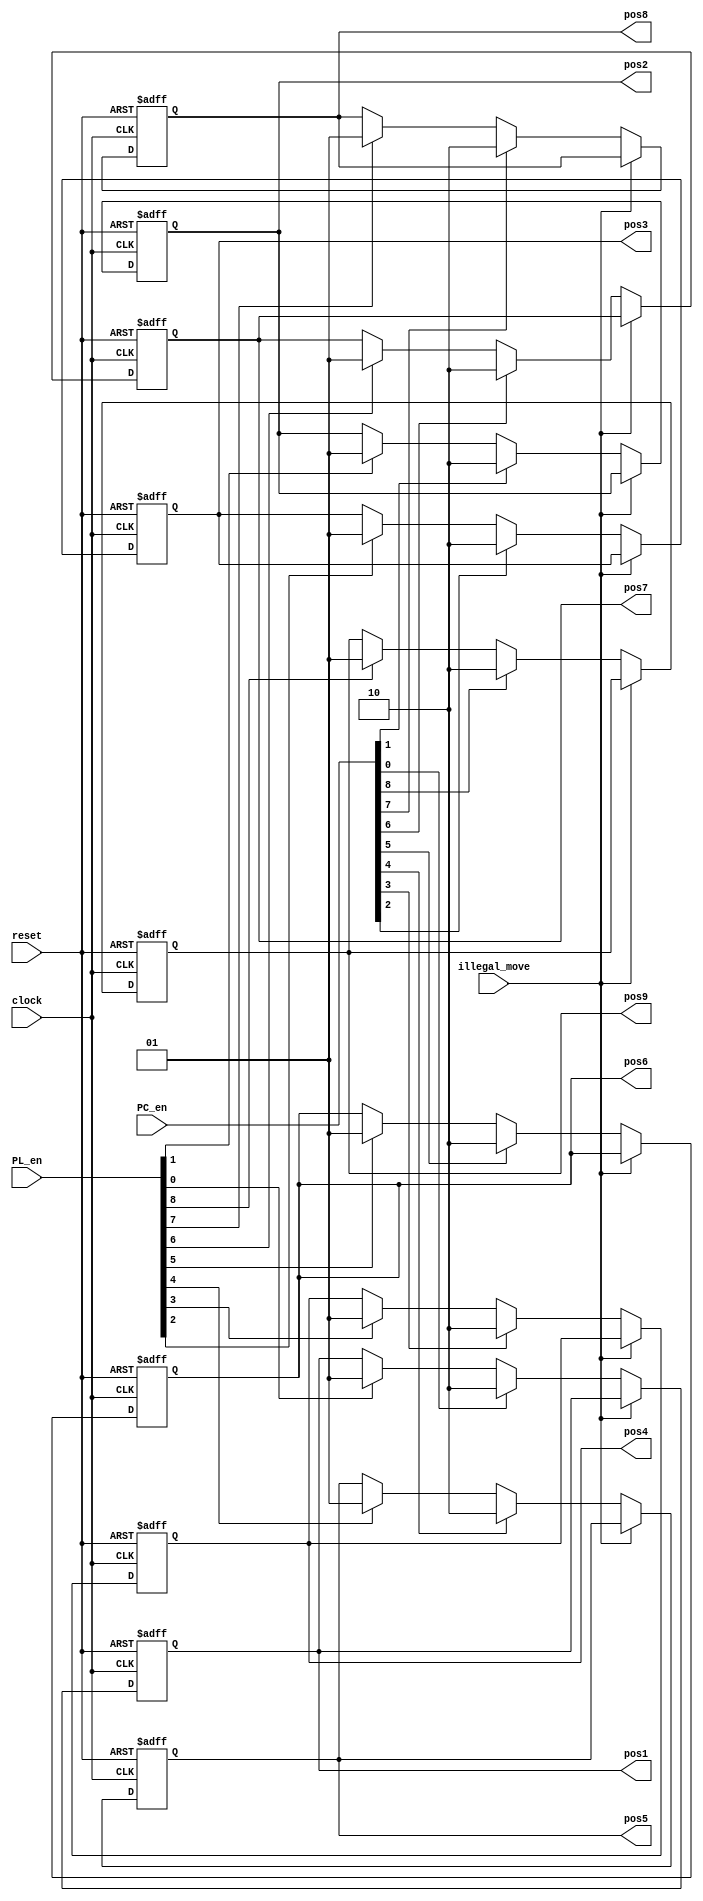

module position_registers(
      input clock, // clock of the game 
      input reset, // reset the game 
      input illegal_move, // disable writing when an illegal move is detected 
      input [8:0] PC_en, // Computer enable signals 
      input [8:0] PL_en, // Player enable signals 
      output reg[1:0] pos1,pos2,pos3,pos4,pos5,pos6,pos7,pos8,pos9// positions stored
      );
 // Position 1 
 always @(posedge clock or posedge reset)
 begin
  if(reset) 
   pos1 <= 2'b00;
  else begin
   if(illegal_move==1'b1)
    pos1 <= pos1;// keep previous position
   else if(PC_en[0]==1'b1)
    pos1 <= 2'b10; // store computer data 
   else if (PL_en[0]==1'b1)
    pos1 <= 2'b01;// store player data 
   else 
    pos1 <= pos1;// keep previous position
  end 
 end 
 // Position 2 
 always @(posedge clock or posedge reset)
 begin
  if(reset) 
   pos2 <= 2'b00;
  else begin
   if(illegal_move==1'b1)
    pos2 <= pos2;// keep previous position
   else if(PC_en[1]==1'b1)
    pos2 <= 2'b10; // store computer data 
   else if (PL_en[1]==1'b1)
    pos2 <= 2'b01;// store player data 
   else 
    pos2 <= pos2;// keep previous position
  end 
 end 
// Position 3 
 always @(posedge clock or posedge reset)
 begin
  if(reset) 
   pos3 <= 2'b00;
  else begin
   if(illegal_move==1'b1)
    pos3 <= pos3;// keep previous position
   else if(PC_en[2]==1'b1)
    pos3 <= 2'b10; // store computer data 
   else if (PL_en[2]==1'b1)
    pos3 <= 2'b01;// store player data 
   else 
    pos3 <= pos3;// keep previous position
  end 
 end  
 // Position 4 
 always @(posedge clock or posedge reset)
 begin
  if(reset) 
   pos4 <= 2'b00;
  else begin
   if(illegal_move==1'b1)
    pos4 <= pos4;// keep previous position
   else if(PC_en[3]==1'b1)
    pos4 <= 2'b10; // store computer data 
   else if (PL_en[3]==1'b1)
    pos4 <= 2'b01;// store player data 
   else 
    pos4 <= pos4;// keep previous position
  end 
 end 
 // Position 5 
 always @(posedge clock or posedge reset)
 begin
  if(reset) 
   pos5 <= 2'b00;
  else begin
   if(illegal_move==1'b1)
    pos5 <= pos5;// keep previous position
   else if(PC_en[4]==1'b1)
    pos5 <= 2'b10; // store computer data 
   else if (PL_en[4]==1'b1)
    pos5 <= 2'b01;// store player data 
   else 
    pos5 <= pos5;// keep previous position
  end 
 end 
 // Position 6 
 always @(posedge clock or posedge reset)
 begin
  if(reset) 
   pos6 <= 2'b00;
  else begin
   if(illegal_move==1'b1)
    pos6 <= pos6;// keep previous position
   else if(PC_en[5]==1'b1)
    pos6 <= 2'b10; // store computer data 
   else if (PL_en[5]==1'b1)
    pos6 <= 2'b01;// store player data 
   else 
    pos6 <= pos6;// keep previous position
  end 
 end 
 // Position 7 
 always @(posedge clock or posedge reset)
 begin
  if(reset) 
   pos7 <= 2'b00;
  else begin
   if(illegal_move==1'b1)
    pos7 <= pos7;// keep previous position
   else if(PC_en[6]==1'b1)
    pos7 <= 2'b10; // store computer data 
   else if (PL_en[6]==1'b1)
    pos7 <= 2'b01;// store player data 
   else 
    pos7 <= pos7;// keep previous position
  end 
 end 
 // Position 8 
 always @(posedge clock or posedge reset)
 begin
  if(reset) 
   pos8 <= 2'b00;
  else begin
   if(illegal_move==1'b1)
    pos8 <= pos8;// keep previous position
   else if(PC_en[7]==1'b1)
    pos8 <= 2'b10; // store computer data 
   else if (PL_en[7]==1'b1)
    pos8 <= 2'b01;// store player data 
   else 
    pos8 <= pos8;// keep previous position
  end 
 end 
 // Position 9 
 always @(posedge clock or posedge reset)
 begin
  if(reset) 
   pos9 <= 2'b00;
  else begin
   if(illegal_move==1'b1)
    pos9 <= pos9;// keep previous position
   else if(PC_en[8]==1'b1)
    pos9 <= 2'b10; // store computer data 
   else if (PL_en[8]==1'b1)
    pos9 <= 2'b01;// store player data 
   else 
    pos9 <= pos9;// keep previous position
  end 
 end  
endmodule